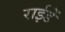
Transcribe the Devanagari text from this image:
राईडें